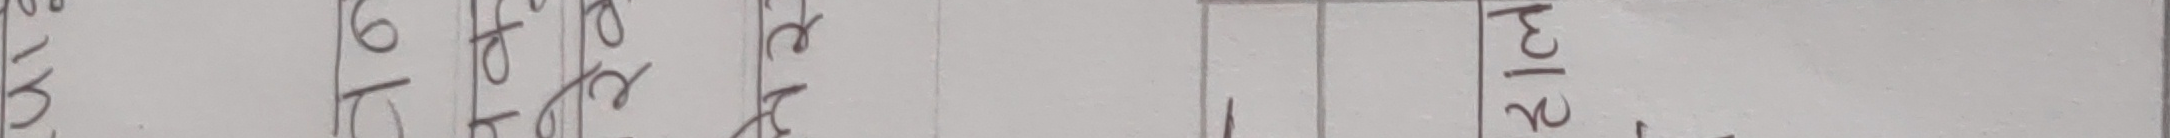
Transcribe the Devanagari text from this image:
२३/२